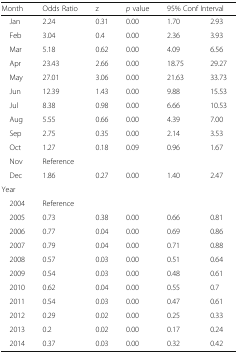
<table><thead><tr><td><b>Month</b></td><td><b>Odds Ratio</b></td><td><b>z</b></td><td><b><i>p</i> value</b></td><td colspan="2"><b>95% Conf Interval</b></td></tr></thead><tbody><tr><td> Jan</td><td>2.24</td><td>0.31</td><td>0.00</td><td>1.70</td><td>2.93</td></tr><tr><td> Feb</td><td>3.04</td><td>0.4</td><td>0.00</td><td>2.36</td><td>3.93</td></tr><tr><td> Mar</td><td>5.18</td><td>0.62</td><td>0.00</td><td>4.09</td><td>6.56</td></tr><tr><td> Apr</td><td>23.43</td><td>2.66</td><td>0.00</td><td>18.75</td><td>29.27</td></tr><tr><td> May</td><td>27.01</td><td>3.06</td><td>0.00</td><td>21.63</td><td>33.73</td></tr><tr><td> Jun</td><td>12.39</td><td>1.43</td><td>0.00</td><td>9.88</td><td>15.53</td></tr><tr><td> Jul</td><td>8.38</td><td>0.98</td><td>0.00</td><td>6.66</td><td>10.53</td></tr><tr><td> Aug</td><td>5.55</td><td>0.66</td><td>0.00</td><td>4.39</td><td>7.00</td></tr><tr><td> Sep</td><td>2.75</td><td>0.35</td><td>0.00</td><td>2.14</td><td>3.53</td></tr><tr><td> Oct</td><td>1.27</td><td>0.18</td><td>0.09</td><td>0.96</td><td>1.67</td></tr><tr><td> Nov</td><td>Reference</td><td></td><td></td><td></td><td></td></tr><tr><td> Dec</td><td>1.86</td><td>0.27</td><td>0.00</td><td>1.40</td><td>2.47</td></tr><tr><td>Year</td><td></td><td></td><td></td><td></td><td></td></tr><tr><td> 2004</td><td>Reference</td><td></td><td></td><td></td><td></td></tr><tr><td> 2005</td><td>0.73</td><td>0.38</td><td>0.00</td><td>0.66</td><td>0.81</td></tr><tr><td> 2006</td><td>0.77</td><td>0.04</td><td>0.00</td><td>0.69</td><td>0.86</td></tr><tr><td> 2007</td><td>0.79</td><td>0.04</td><td>0.00</td><td>0.71</td><td>0.88</td></tr><tr><td> 2008</td><td>0.57</td><td>0.03</td><td>0.00</td><td>0.51</td><td>0.64</td></tr><tr><td> 2009</td><td>0.54</td><td>0.03</td><td>0.00</td><td>0.48</td><td>0.61</td></tr><tr><td> 2010</td><td>0.62</td><td>0.04</td><td>0.00</td><td>0.55</td><td>0.7</td></tr><tr><td> 2011</td><td>0.54</td><td>0.03</td><td>0.00</td><td>0.47</td><td>0.61</td></tr><tr><td> 2012</td><td>0.29</td><td>0.02</td><td>0.00</td><td>0.25</td><td>0.33</td></tr><tr><td> 2013</td><td>0.2</td><td>0.02</td><td>0.00</td><td>0.17</td><td>0.24</td></tr><tr><td> 2014</td><td>0.37</td><td>0.03</td><td>0.00</td><td>0.32</td><td>0.42</td></tr></tbody></table>